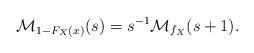
LaTeX: \begin{align*}\mathcal{M}_{1-F_X(x)}(s)=s^{-1}\mathcal{M}_{f_X}(s+1).\end{align*}